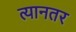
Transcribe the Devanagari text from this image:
त्यानतर